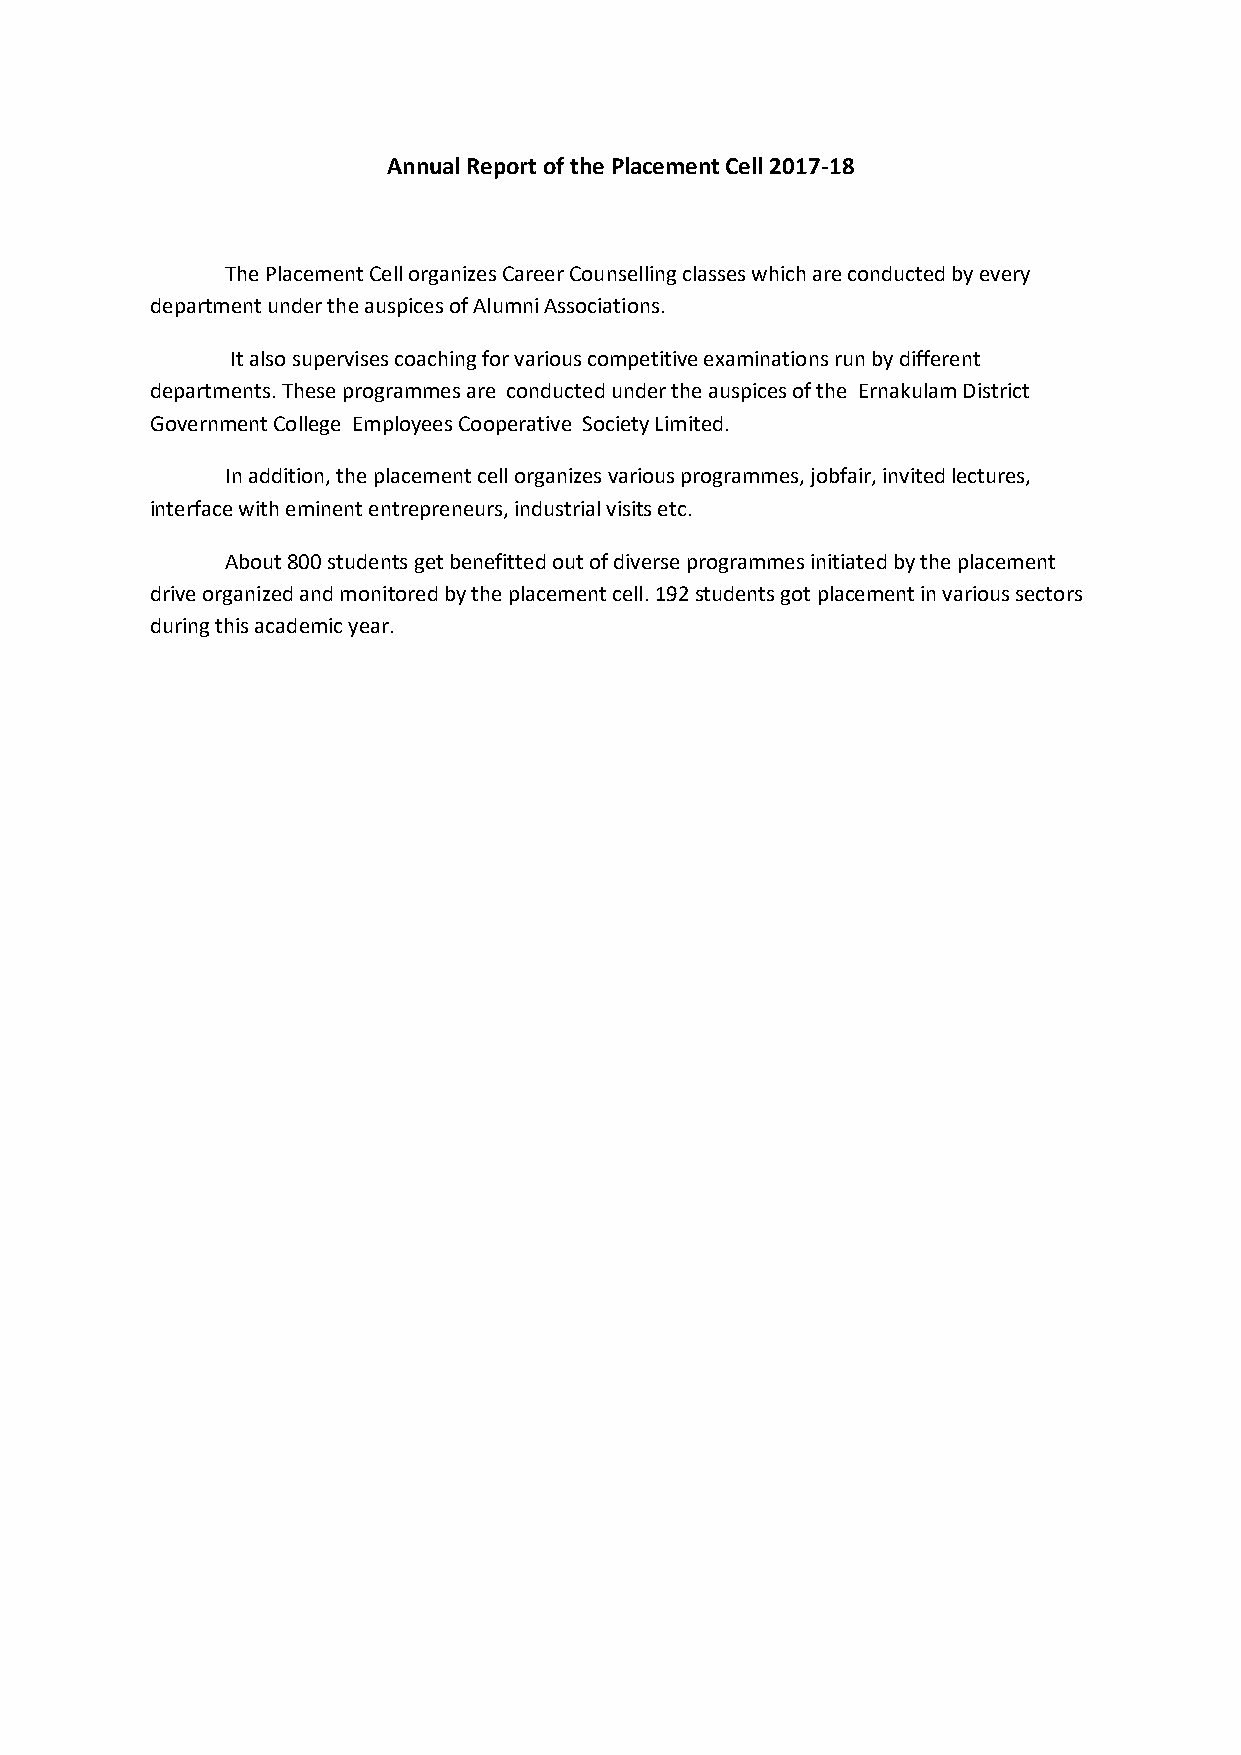
Annual Report of the Placement Cell 2017-18
 The Placement Cell organizes Career Counselling classes which are conducted by every
 department under the auspices of Alumni Associations.
 It also supervises coaching for various competitive examinations run by different
 departments. These programmes are conducted under the auspices of the Ernakulam District
 Government College Employees Cooperative Society Limited.
 In addition, the placement cell organizes various programmes, jobfair, invited lectures,
 interface with eminent entrepreneurs, industrial visits etc.
 About 800 students get benefitted out of diverse programmes initiated by the placement
 drive organized and monitored by the placement cell. 192 students got placement in various sectors
 during this academic year.